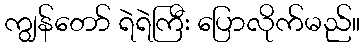
ကျွန်တော် ရဲရဲကြီး ပြောလိုက်မည်။